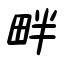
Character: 畔